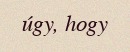
úgy, hogy